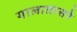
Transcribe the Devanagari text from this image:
गालातासरे